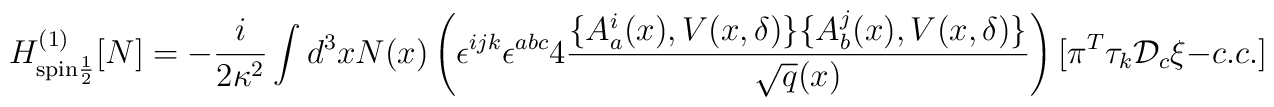
H^{(1)}_{\rm spin\frac{1}{2}}[N] = - \frac{i}{2\kappa^2}\int d^3x N(x) \left(\epsilon^{ijk}\epsilon^{abc} 4\frac{\{A_a^i(x),V(x,\delta)\} \{A_b^j(x),V(x,\delta)\}}{\sqrt{q}(x)} \right)[\pi^T\tau_k{\cal D}_c\xi -c.c.]